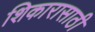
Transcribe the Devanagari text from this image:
शिकारासाठी